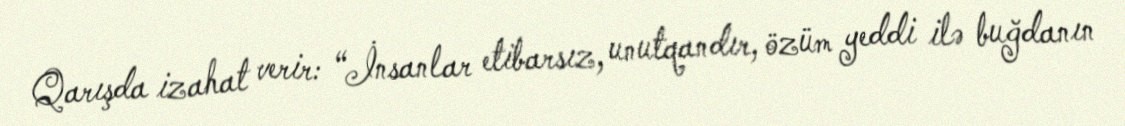
Qarışda izahat verir: “İnsanlar etibarsız, unutqandır, özüm yeddi ilə buğdanın